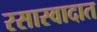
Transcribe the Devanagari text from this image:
रसास्वादात